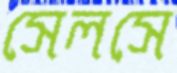
সেলসে